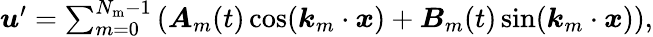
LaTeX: \begin{array}{r}{\boldsymbol{u}^{\prime}=\sum_{m=0}^{N_{\mathrm{m}}-1}\left(\boldsymbol{A}_{m}(t)\cos(\boldsymbol{k}_{m}\cdot\boldsymbol{x})+\boldsymbol{B}_{m}(t)\sin(\boldsymbol{k}_{m}\cdot\boldsymbol{x})\right),}\end{array}